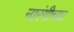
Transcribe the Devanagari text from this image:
नारंगीच्या